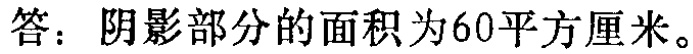
答：阴影部分的面积为60平方厘米。